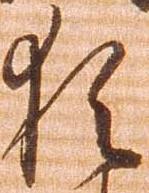
猶